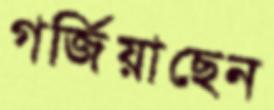
গর্জিয়াছেন